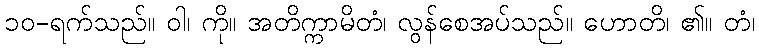
၁၀-ရက်သည်။ ဝါ၊ ကို။ အတိက္ကာမိတံ၊ လွန်စေအပ်သည်။ ဟောတိ၊ ၏။ တံ၊